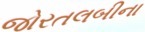
જોરતલબીના